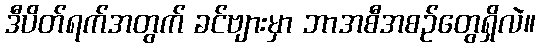
ဒီပိတ်ရက်အတွက် ခင်ဗျားမှာ ဘာအစီအစဉ်တွေရှိလဲ။